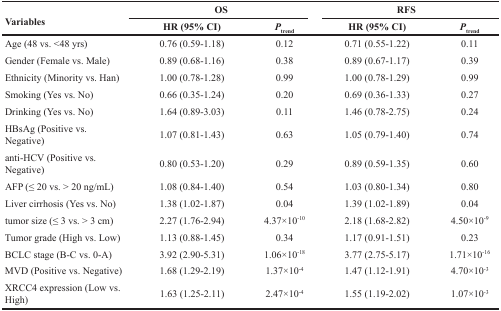
<table><thead><tr><td rowspan="2"><b>Variables</b></td><td colspan="2"><b>OS</b></td><td colspan="2"><b>RFS</b></td></tr><tr><td><b>HR (95% CI)</b></td><td><b><i>P</i><sub>trend</sub></b></td><td><b>HR (95% CI)</b></td><td><b><i>P</i><sub>trend</sub></b></td></tr></thead><tbody><tr><td>Age (48 vs. &lt;48 yrs)</td><td>0.76 (0.59-1.18)</td><td>0.12</td><td>0.71 (0.55-1.22)</td><td>0.11</td></tr><tr><td>Gender (Female vs. Male)</td><td>0.89 (0.68-1.16)</td><td>0.38</td><td>0.89 (0.67-1.17)</td><td>0.39</td></tr><tr><td>Ethnicity (Minority vs. Han)</td><td>1.00 (0.78-1.28)</td><td>0.99</td><td>1.00 (0.78-1.29)</td><td>0.99</td></tr><tr><td>Smoking (Yes vs. No)</td><td>0.66 (0.35-1.24)</td><td>0.20</td><td>0.69 (0.36-1.33)</td><td>0.27</td></tr><tr><td>Drinking (Yes vs. No)</td><td>1.64 (0.89-3.03)</td><td>0.11</td><td>1.46 (0.78-2.75)</td><td>0.24</td></tr><tr><td>HBsAg (Positive vs. Negative)</td><td>1.07 (0.81-1.43)</td><td>0.63</td><td>1.05 (0.79-1.40)</td><td>0.74</td></tr><tr><td>anti-HCV (Positive vs. Negative)</td><td>0.80 (0.53-1.20)</td><td>0.29</td><td>0.89 (0.59-1.35)</td><td>0.60</td></tr><tr><td>AFP (≤ 20 vs. &gt; 20 ng/mL)</td><td>1.08 (0.84-1.40)</td><td>0.54</td><td>1.03 (0.80-1.34)</td><td>0.80</td></tr><tr><td>Liver cirrhosis (Yes vs. No)</td><td>1.38 (1.02-1.87)</td><td>0.04</td><td>1.39 (1.02-1.89)</td><td>0.04</td></tr><tr><td>tumor size (≤ 3 vs. &gt; 3 cm)</td><td>2.27 (1.76-2.94)</td><td>4.37×10<sup>−10</sup></td><td>2.18 (1.68-2.82)</td><td>4.50×10<sup>−9</sup></td></tr><tr><td>Tumor grade (High vs. Low)</td><td>1.13 (0.88-1.45)</td><td>0.34</td><td>1.17 (0.91-1.51)</td><td>0.23</td></tr><tr><td>BCLC stage (B-C vs. 0-A)</td><td>3.92 (2.90-5.31)</td><td>1.06×10<sup>−18</sup></td><td>3.77 (2.75-5.17)</td><td>1.71×10<sup>−16</sup></td></tr><tr><td>MVD (Positive vs. Negative)</td><td>1.68 (1.29-2.19)</td><td>1.37×10<sup>−4</sup></td><td>1.47 (1.12-1.91)</td><td>4.70×10<sup>−3</sup></td></tr><tr><td>XRCC4 expression (Low vs. High)</td><td>1.63 (1.25-2.11)</td><td>2.47×10<sup>−4</sup></td><td>1.55 (1.19-2.02)</td><td>1.07×10<sup>−3</sup></td></tr></tbody></table>